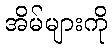
အိမ်များကို